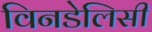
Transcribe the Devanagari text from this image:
विनडेलिसी